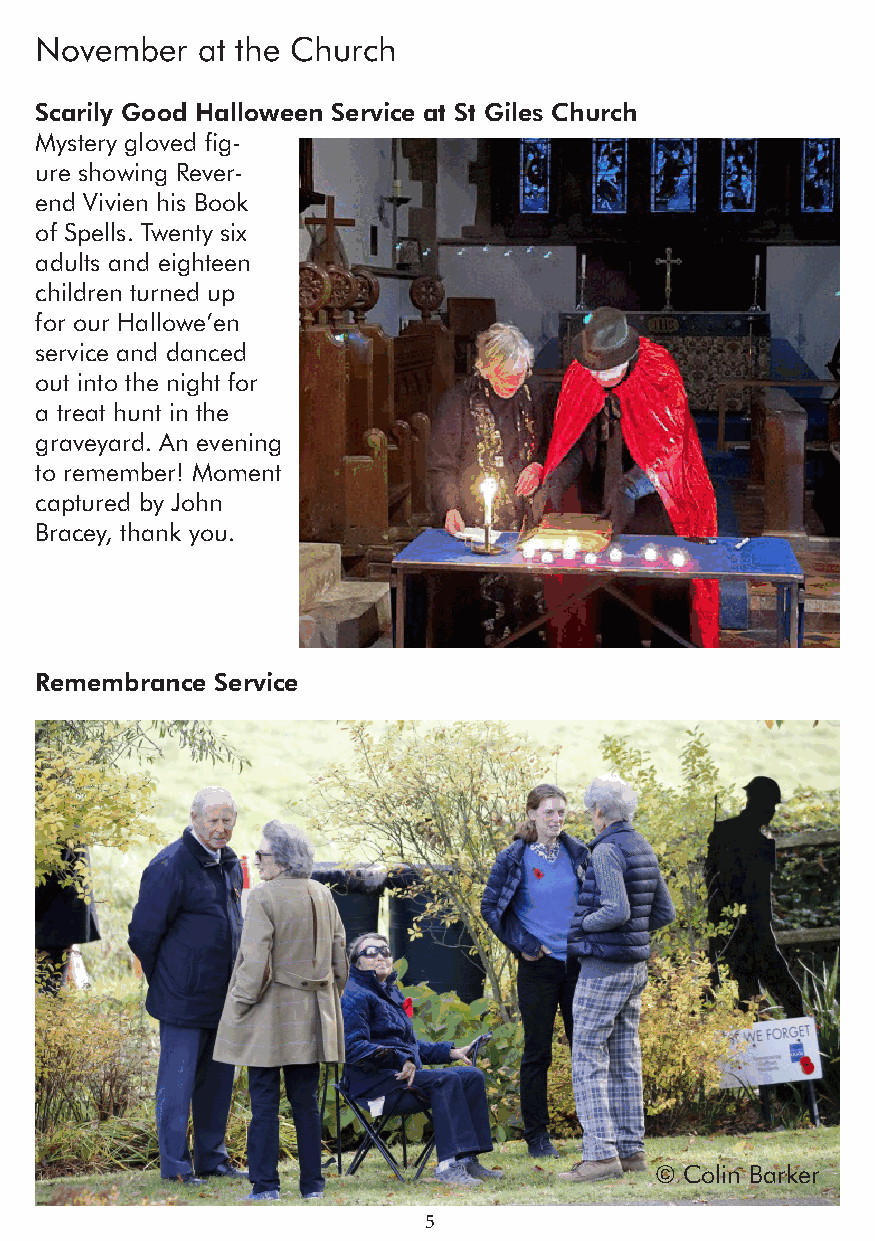
November   at the Church
 Scarily Good Halloween Service at St Giles Church
 Mystery gloved fig-
 ure showing Rever-
 end Vivien his Book
 of Spells. Twenty six
 adults and eighteen
 children turned up
 for our Hallowe’en
 service and danced
 out into the night for
 a treat hunt in the
 graveyard. An evening
 to remember! Moment
 captured by John
 Bracey, thank you.
 Remembrance Service
 © Colin Barker
 5